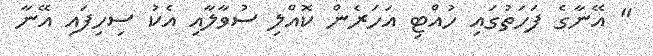
" އޭނާގެ ފަހަތުގައި ހުއްޓި އަހަރެން ކޮއްލި ސުވާލާއި އެކު ސިހިފައި އޭނާ